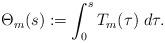
LaTeX: \begin{align*}\Theta_m(s):=\int_0^s T_m(\tau)\; d\tau.\end{align*}